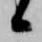
候